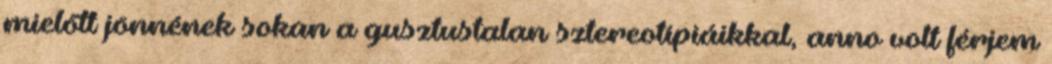
mielőtt jönnének sokan a gusztustalan sztereotípiáikkal, anno volt férjem